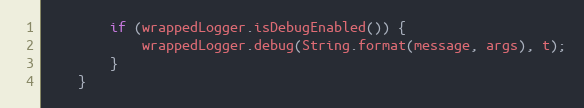
Language: Java
        if (wrappedLogger.isDebugEnabled()) {
            wrappedLogger.debug(String.format(message, args), t);
        }
    }